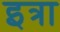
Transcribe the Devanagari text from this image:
इत्रा